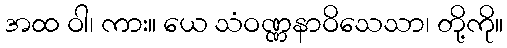
အထ ဝါ၊ ကား။ ယေ သံဝဏ္ဏနာဝိသေသာ၊ တို့ကို။